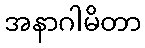
အနာဂါမိတာ